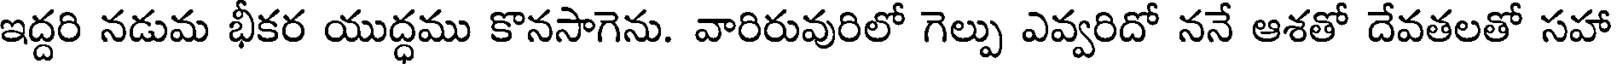
ఇద్దరి నడుమ భీకర యుద్ధము కొనసాగెను. వారిరువురిలో గెల్పు ఎవ్వరిదో ననే ఆశతో దేవతలతో సహా